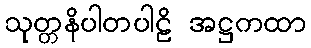
သုတ္တနိပါတပါဠိ အဋ္ဌကထာ